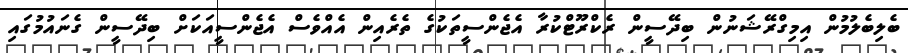
ބެލިބެލުމުން އިމިގްރޭޝަނުން ބިދޭސީން ރެކްރޫޓްކުރާ އެޖެންސީތަކުގެ ތެރެއިން އެއްވެސް އެޖެންސީއަކަށް ބިދޭސީން ގެނައުމުގައި